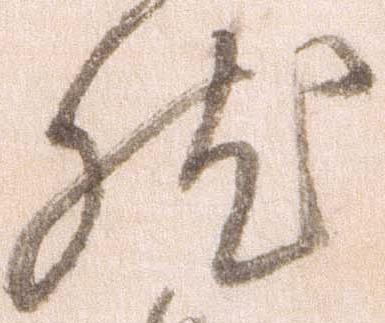
然